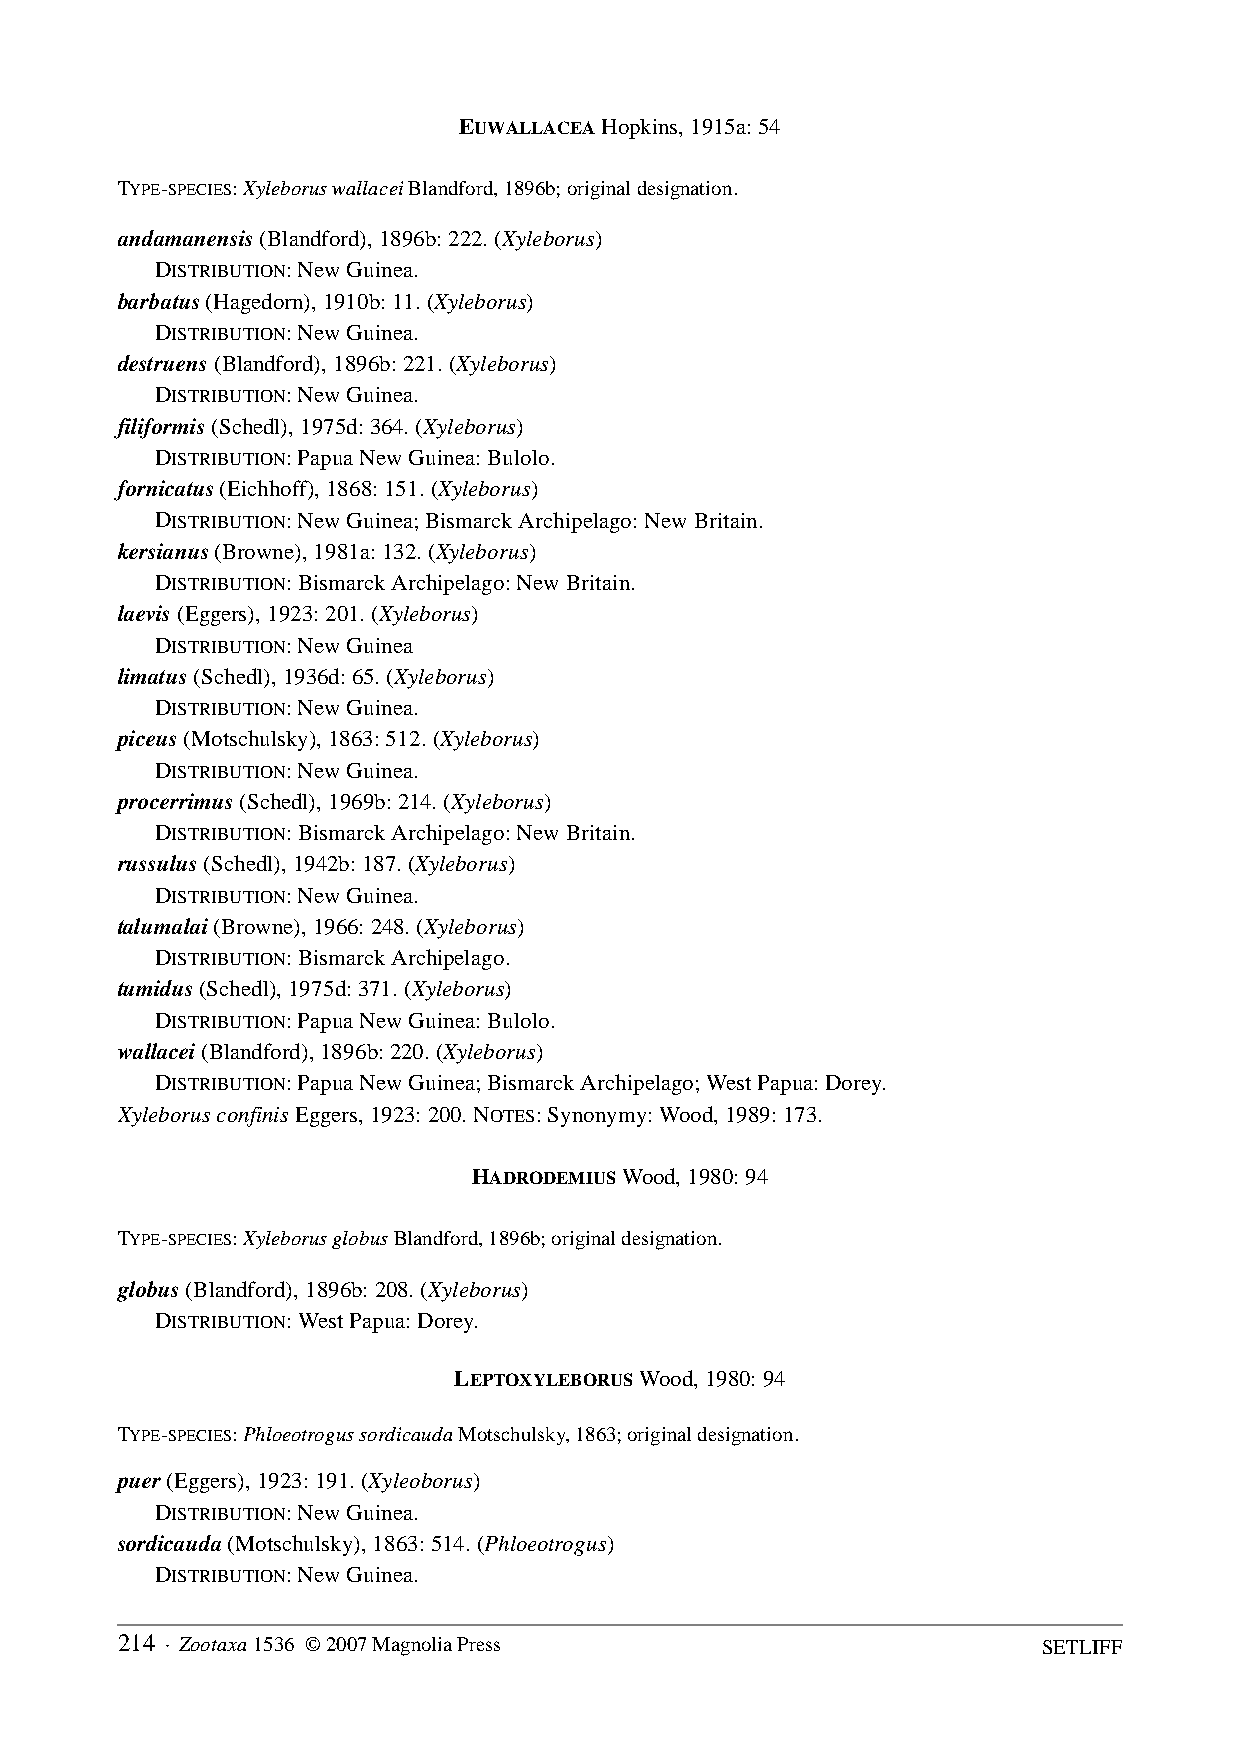
EUWALLACEA Hopkins, 1915a: 54
 TYPE-SPECIES: Xyleborus wallacei Blandford, 1896b; original designation.
 andamanensis (Blandford), 1896b: 222. (Xyleborus)
 DISTRIBUTION: New Guinea.
 barbatus (Hagedorn), 1910b: 11. (Xyleborus)
 DISTRIBUTION: New Guinea.
 destruens (Blandford), 1896b: 221. (Xyleborus)
 DISTRIBUTION: New Guinea.
 filiformis (Schedl), 1975d: 364. (Xyleborus)
 DISTRIBUTION: Papua New Guinea: Bulolo.
 fornicatus (Eichhoff), 1868: 151. (Xyleborus)
 DISTRIBUTION: New Guinea; Bismarck Archipelago: New Britain.
 kersianus (Browne), 1981a: 132. (Xyleborus)
 DISTRIBUTION: Bismarck Archipelago: New Britain.
 laevis (Eggers), 1923: 201. (Xyleborus)
 DISTRIBUTION: New Guinea
 limatus (Schedl), 1936d: 65. (Xyleborus)
 DISTRIBUTION: New Guinea.
 piceus (Motschulsky), 1863: 512. (Xyleborus)
 DISTRIBUTION: New Guinea.
 procerrimus (Schedl), 1969b: 214. (Xyleborus)
 DISTRIBUTION: Bismarck Archipelago: New Britain.
 russulus (Schedl), 1942b: 187. (Xyleborus)
 DISTRIBUTION: New Guinea.
 talumalai (Browne), 1966: 248. (Xyleborus)
 DISTRIBUTION: Bismarck Archipelago.
 tumidus (Schedl), 1975d: 371. (Xyleborus)
 DISTRIBUTION: Papua New Guinea: Bulolo.
 wallacei (Blandford), 1896b: 220. (Xyleborus)
 DISTRIBUTION: Papua New Guinea; Bismarck Archipelago; West Papua: Dorey.
 Xyleborus confinis Eggers, 1923: 200. NOTES: Synonymy: Wood, 1989: 173.
 HADRODEMIUS Wood, 1980: 94
 TYPE-SPECIES: Xyleborus globus Blandford, 1896b; original designation.
 globus (Blandford), 1896b: 208. (Xyleborus)
 DISTRIBUTION: West Papua: Dorey.
 LEPTOXYLEBORUS Wood, 1980: 94
 TYPE-SPECIES: Phloeotrogus sordicauda Motschulsky, 1863; original designation.
 puer (Eggers), 1923: 191. (Xyleoborus)
 DISTRIBUTION: New Guinea.
 sordicauda (Motschulsky), 1863: 514. (Phloeotrogus)
 DISTRIBUTION: New Guinea.
 214 · Zootaxa 1536 © 2007 Magnolia Press                     SETLIFF